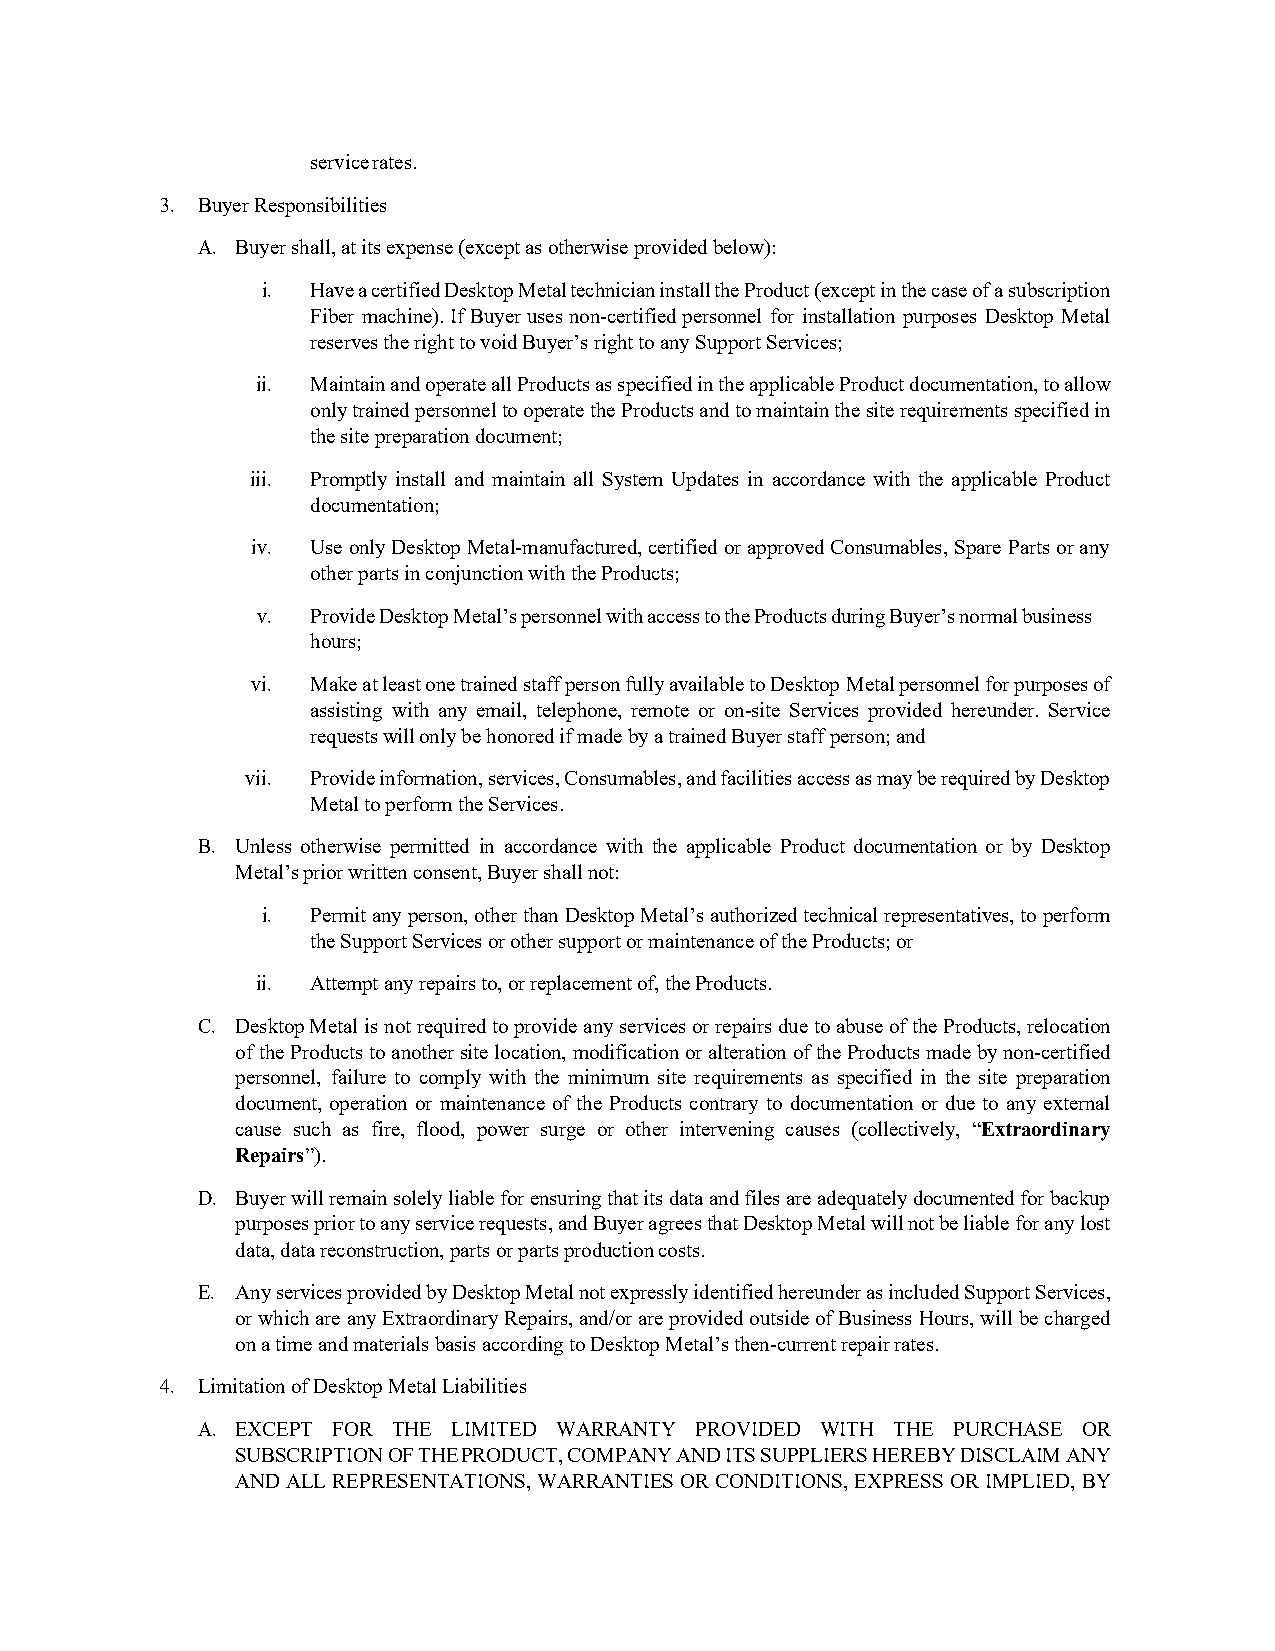
service rates.
 3. Buyer Responsibilities
 A. Buyer shall, at its expense (except as otherwise provided below):
 i.  Have a certified Desktop Metal technician install the Product (except in the case of a subscription
 Fiber machine). If Buyer uses non-certified personnel for installation purposes Desktop Metal
 reserves the right to void Buyer’s right to any Support Services;
 ii. Maintain and operate all Products as specified in the applicable Product documentation, to allow
 only trained personnel to operate the Products and to maintain the site requirements specified in
 the site preparation document;
 iii. Promptly install and maintain all System Updates in accordance with the applicable Product
 documentation;
 iv. Use only Desktop Metal-manufactured, certified or approved Consumables, Spare Parts or any
 other parts in conjunction with the Products;
 v.  Provide Desktop Metal’s personnel with access to the Products during Buyer’s normal business
 hours;
 vi. Make at least one trained staff person fully available to Desktop Metal personnel for purposes of
 assisting with any email, telephone, remote or on-site Services provided hereunder. Service
 requests will only be honored if made by a trained Buyer staff person; and
 vii. Provide information, services, Consumables, and facilities access as may be required by Desktop
 Metal to perform the Services.
 B. Unless otherwise permitted in accordance with the applicable Product documentation or by Desktop
 Metal’s prior written consent, Buyer shall not:
 i.  Permit any person, other than Desktop Metal’s authorized technical representatives, to perform
 the Support Services or other support or maintenance of the Products; or
 ii. Attempt any repairs to, or replacement of, the Products.
 C. Desktop Metal is not required to provide any services or repairs due to abuse of the Products, relocation
 of the Products to another site location, modification or alteration of the Products made by non-certified
 personnel, failure to comply with the minimum site requirements as specified in the site preparation
 document, operation or maintenance of the Products contrary to documentation or due to any external
 cause such as fire, flood, power surge or other intervening causes (collectively, “Extraordinary
 Repairs”).
 D. Buyer will remain solely liable for ensuring that its data and files are adequately documented for backup
 purposes prior to any service requests, and Buyer agrees that Desktop Metal will not be liable for any lost
 data, data reconstruction, parts or parts production costs.
 E. Any services provided by Desktop Metal not expressly identified hereunder as included Support Services,
 or which are any Extraordinary Repairs, and/or are provided outside of Business Hours, will be charged
 on a time and materials basis according to Desktop Metal’s then-current repair rates.
 4. Limitation of Desktop Metal Liabilities
 A. EXCEPT FOR THE LIMITED WARRANTY PROVIDED WITH THE PURCHASE OR
 SUBSCRIPTION OF THE PRODUCT, COMPANY AND ITS SUPPLIERS HEREBY DISCLAIM ANY
 AND ALL REPRESENTATIONS, WARRANTIES OR CONDITIONS, EXPRESS OR IMPLIED, BY